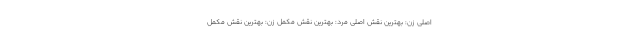
اصلی زن: بهترین نقش اصلی مرد: بهترین نقش مکمل زن: بهترین نقش مکمل